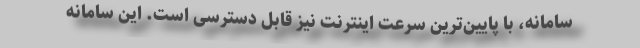
سامانه، با پایین‌ترین سرعت اینترنت نیز قابل دسترسی است. این سامانه